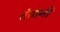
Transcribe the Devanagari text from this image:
तंतांनी